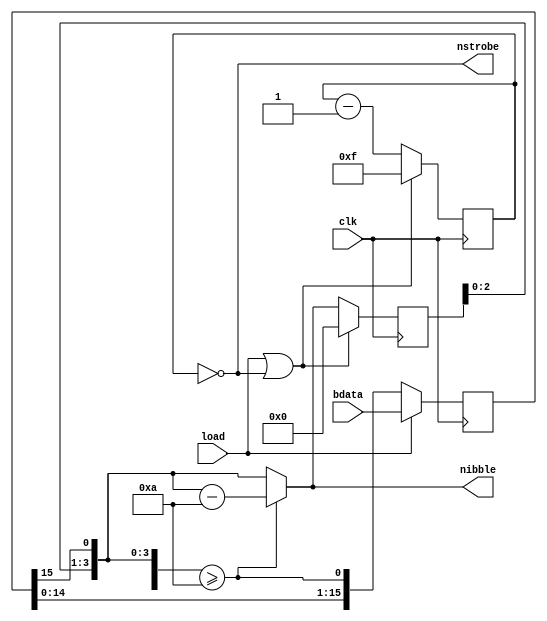
module b2decimal #(
	parameter dw=16
) (
	input clk,
	input [dw-1:0] bdata,
	input load,
	output [3:0] nibble,
	output nstrobe
);

// Hold the data in a shift register
reg [dw-1:0] sr;
wire shiftin;
always @(posedge clk) sr <= load ? bdata : {sr[dw-2:0], shiftin};
wire shiftout = sr[dw-1];

// Need to know how often the word repeats
reg [4:0] bcnt;
wire bdone = load || bcnt == 0;
always @(posedge clk) bcnt <= bdone ? dw-1 : bcnt-1;

// Actual work
// Get the basics working using 10
// can optimize to 5*2 later if the synthesizer can't optimize sufficiently
reg [3:0] accum;
wire [4:0] accum5 = {accum, shiftout};
wire got_one = accum5 >= 10;
wire [3:0] accum_sub = got_one ? accum5 - 10 : accum5;
always @(posedge clk) accum <= bdone ? 0 : accum_sub;
assign shiftin = got_one;

// Construct output
`ifdef SIMULATE
assign nibble = bdone ? accum_sub : 4'bx;
`else
assign nibble = accum_sub;
`endif
assign nstrobe = bcnt == 0;

endmodule